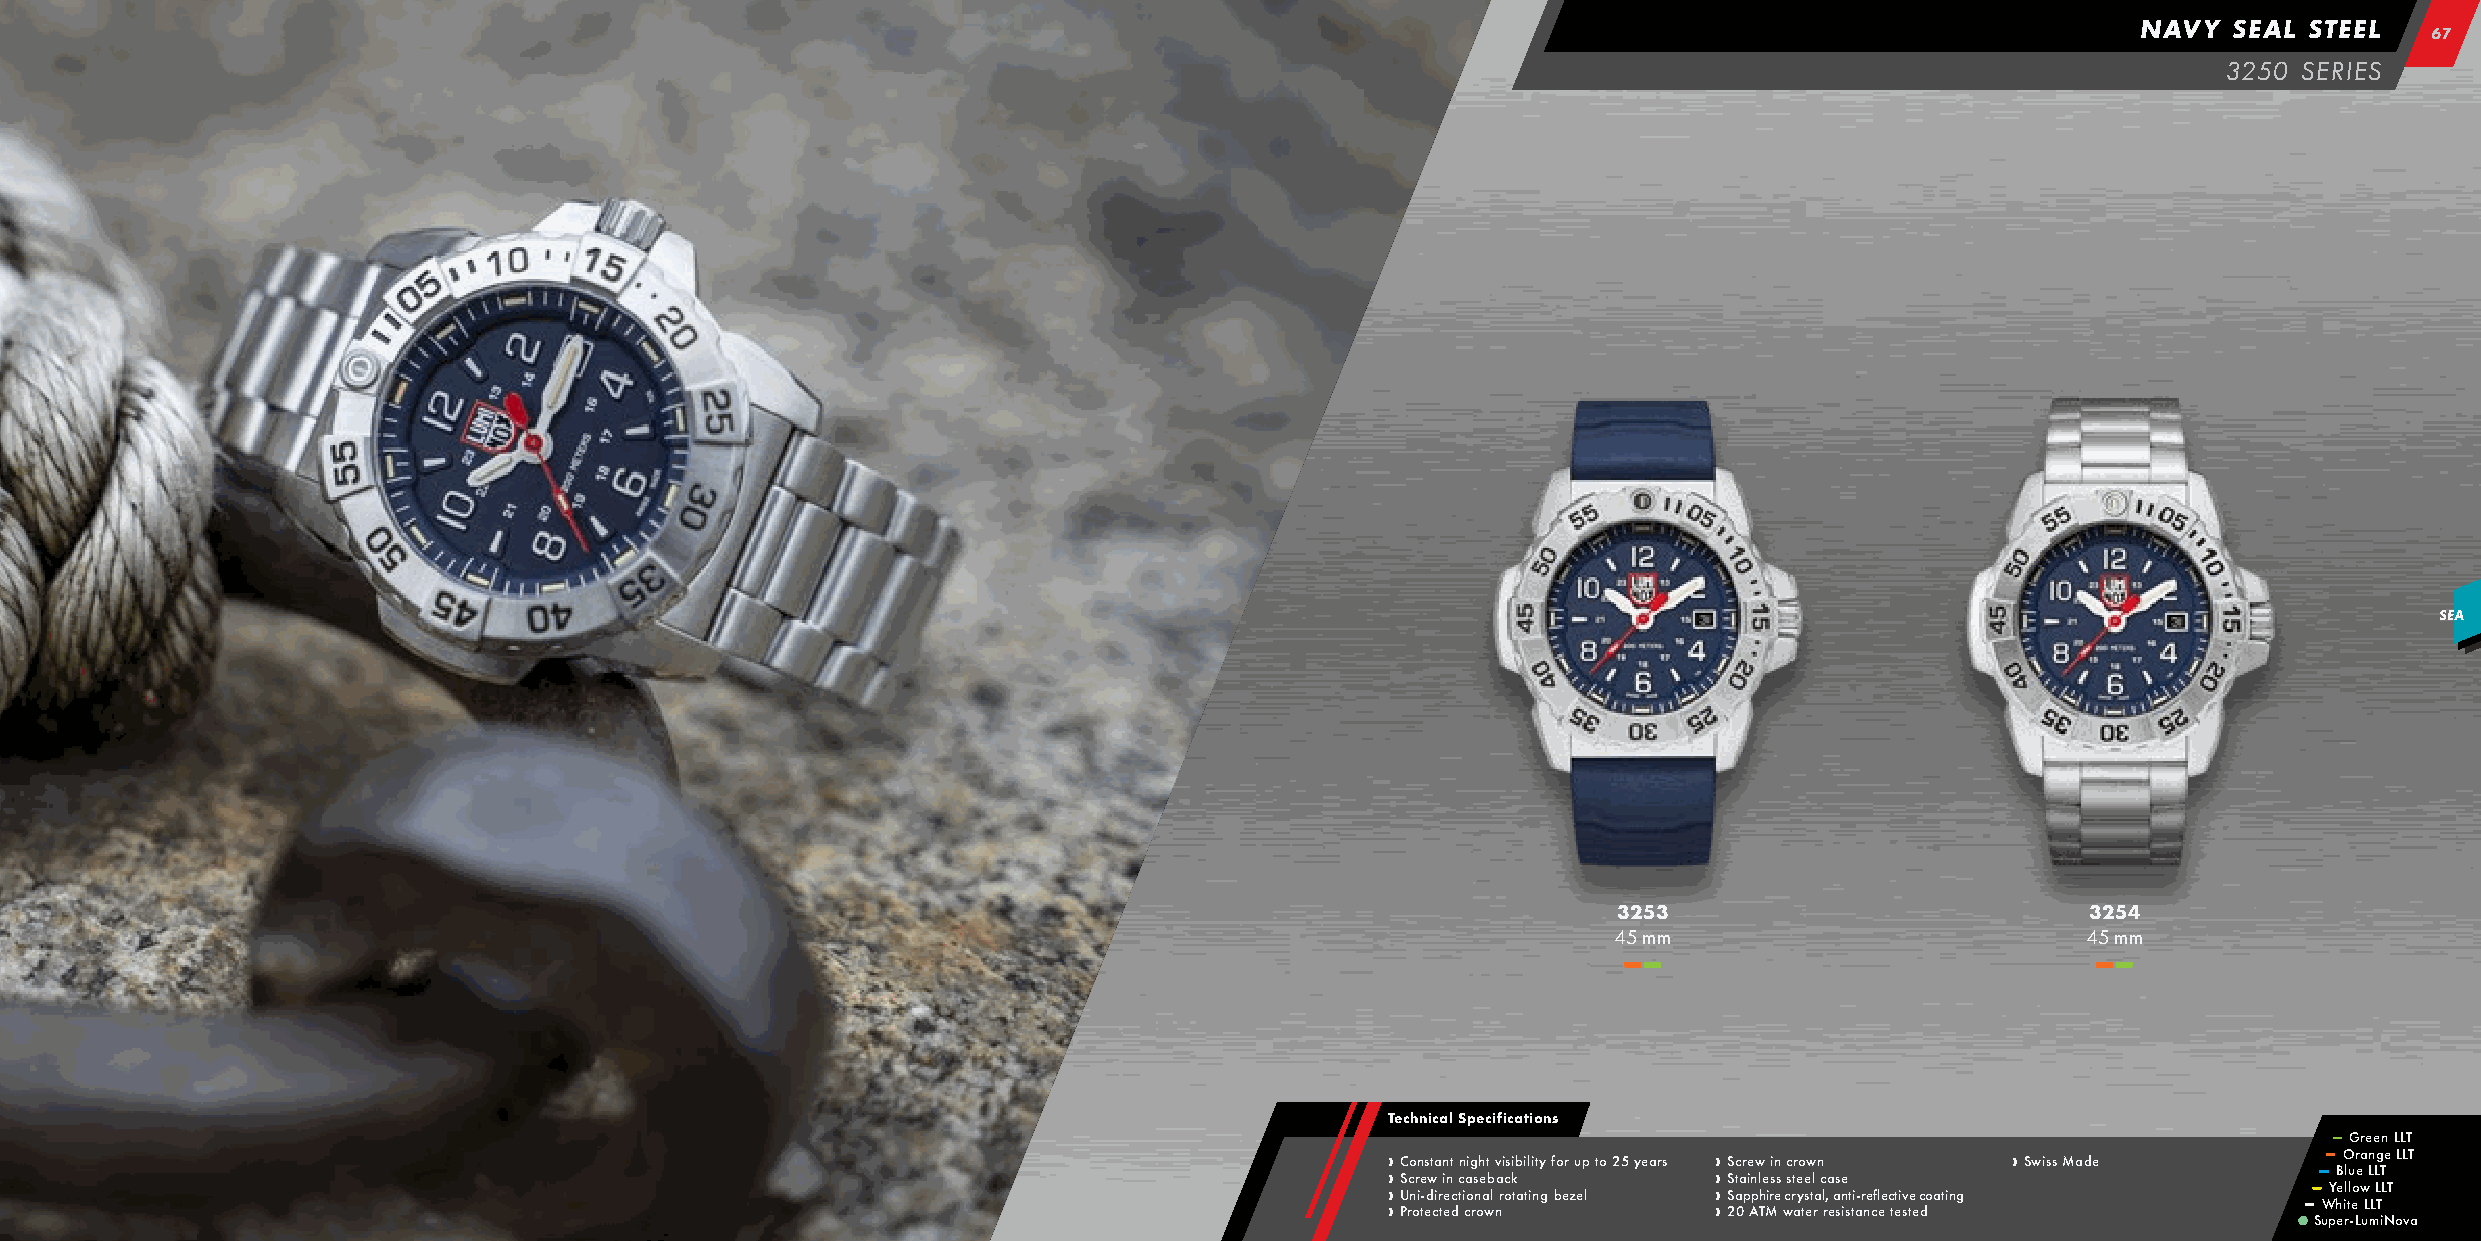
NAVY  SEAL STEEL
 6677
 3250 SERIES
 SEA
 3253                           3254
 45 mm                          45 mm
 –– ––                          –– ––
 Technical Specifications
 –– Green LLT
 –– Orange LLT
 › Constant night visibility for up to 25 years › Screw in crown › Swiss Made –– Blue LLT
 › Screw in caseback   › Stainless steel case                 –– Yellow LLT
 › Uni-directional rotating bezel › Sapphire crystal, anti-reflective coating –– White LLT
 › Protected crown     › 20 ATM water resistance tested
 Super-LumiNova